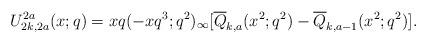
LaTeX: \begin{align*}U^{2a}_{2k,2a}(x;q)=xq(-xq^3;q^2)_\infty[\overline{Q}_{k,a}(x^2;q^2)-\overline{Q}_{k,a-1}(x^2;q^2)].\end{align*}